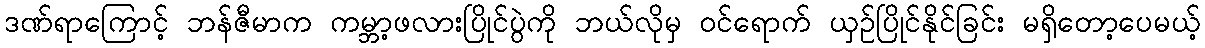
ဒဏ်ရာကြောင့် ဘန်ဇီမာက ကမ္ဘာ့ဖလားပြိုင်ပွဲကို ဘယ်လိုမှ ဝင်ရောက် ယှဉ်ပြိုင်နိုင်ခြင်း မရှိတော့ပေမယ့်